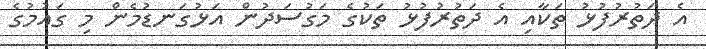
އެ ދަތުރުފުޅު ތަކާއި އެ ދަތުރުފުޅު ތަކުގެ މަގުސަދުން އަޅުގަނޑުމެން މި ގައުމުގެ